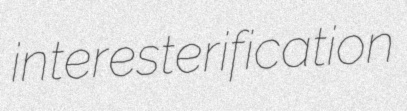
interesterification